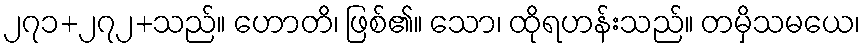
၂၇၁+၂၇၂+သည်။ ဟောတိ၊ ဖြစ်၏။ သော၊ ထိုရဟန်းသည်။ တမှိသမယေ၊